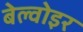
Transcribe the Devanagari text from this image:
बेल्वोइर